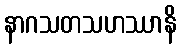
နာဂသတသဟဿာနိ